Vaccination in Bombay 1913-1923 - 1913-1923
Year: 1913
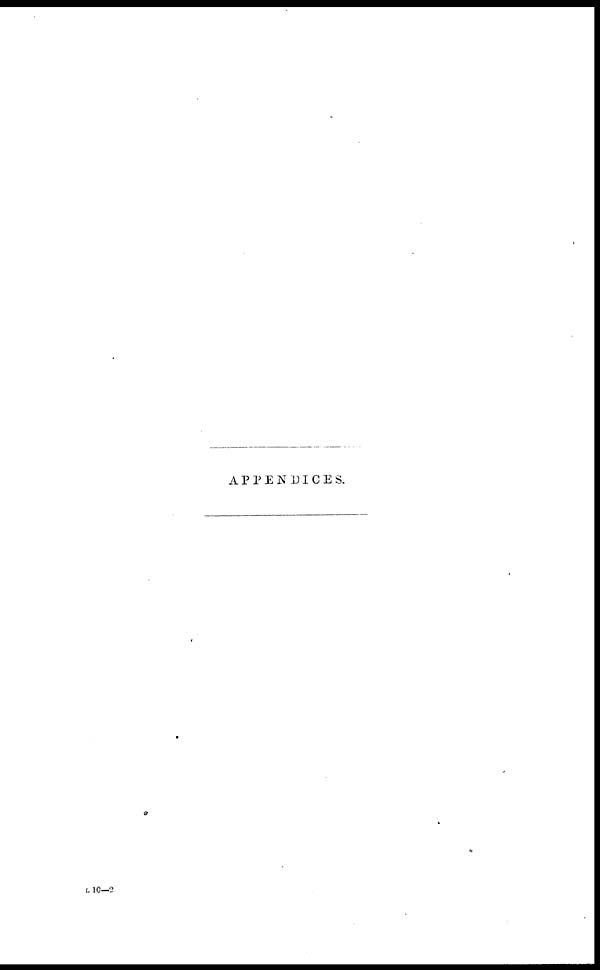
APPENDICES.
L 10—2